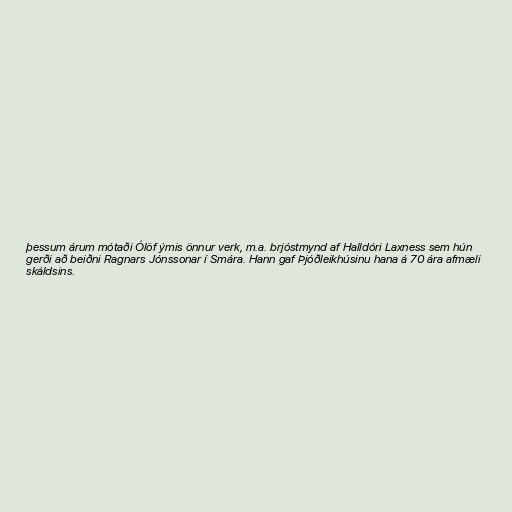
þessum árum mótaði Ólöf ýmis önnur verk, m.a. brjóstmynd af Halldóri Laxness sem hún
gerði að beiðni Ragnars Jónssonar í Smára. Hann gaf Þjóðleikhúsinu hana á 70 ára afmæli
skáldsins.